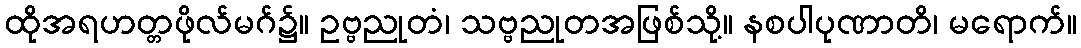
ထိုအရဟတ္တဖိုလ်မဂ်၌။ ဥဗ္ဗညုတံ၊ သဗ္ဗညုတအဖြစ်သို့။ နစပါပုဏာတိ၊ မရောက်။